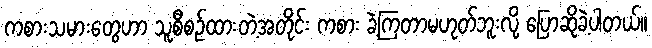
ကစားသမားတွေဟာ သူစီစဉ်ထားတဲ့အတိုင်း ကစား ခဲ့ကြတာမဟုတ်ဘူးလို့ ပြောဆိုခဲ့ပါတယ်။